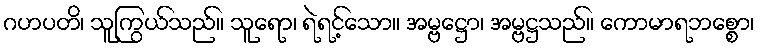
ဂဟပတိ၊ သူကြွယ်သည်။ သူရော၊ ရဲရင့်သော။ အမ္ဗဋ္ဌော၊ အမ္ဗဋ္ဌသည်။ ကောမာရဘစ္စော၊